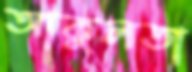
আকুলতা